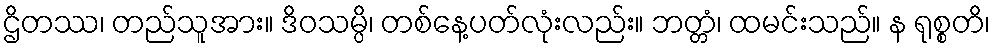
ဌိတဿ၊ တည်သူအား။ ဒိဝသမ္ပိ၊ တစ်နေ့ပတ်လုံးလည်း။ ဘတ္တံ၊ ထမင်းသည်။ န ရုစ္စတိ၊